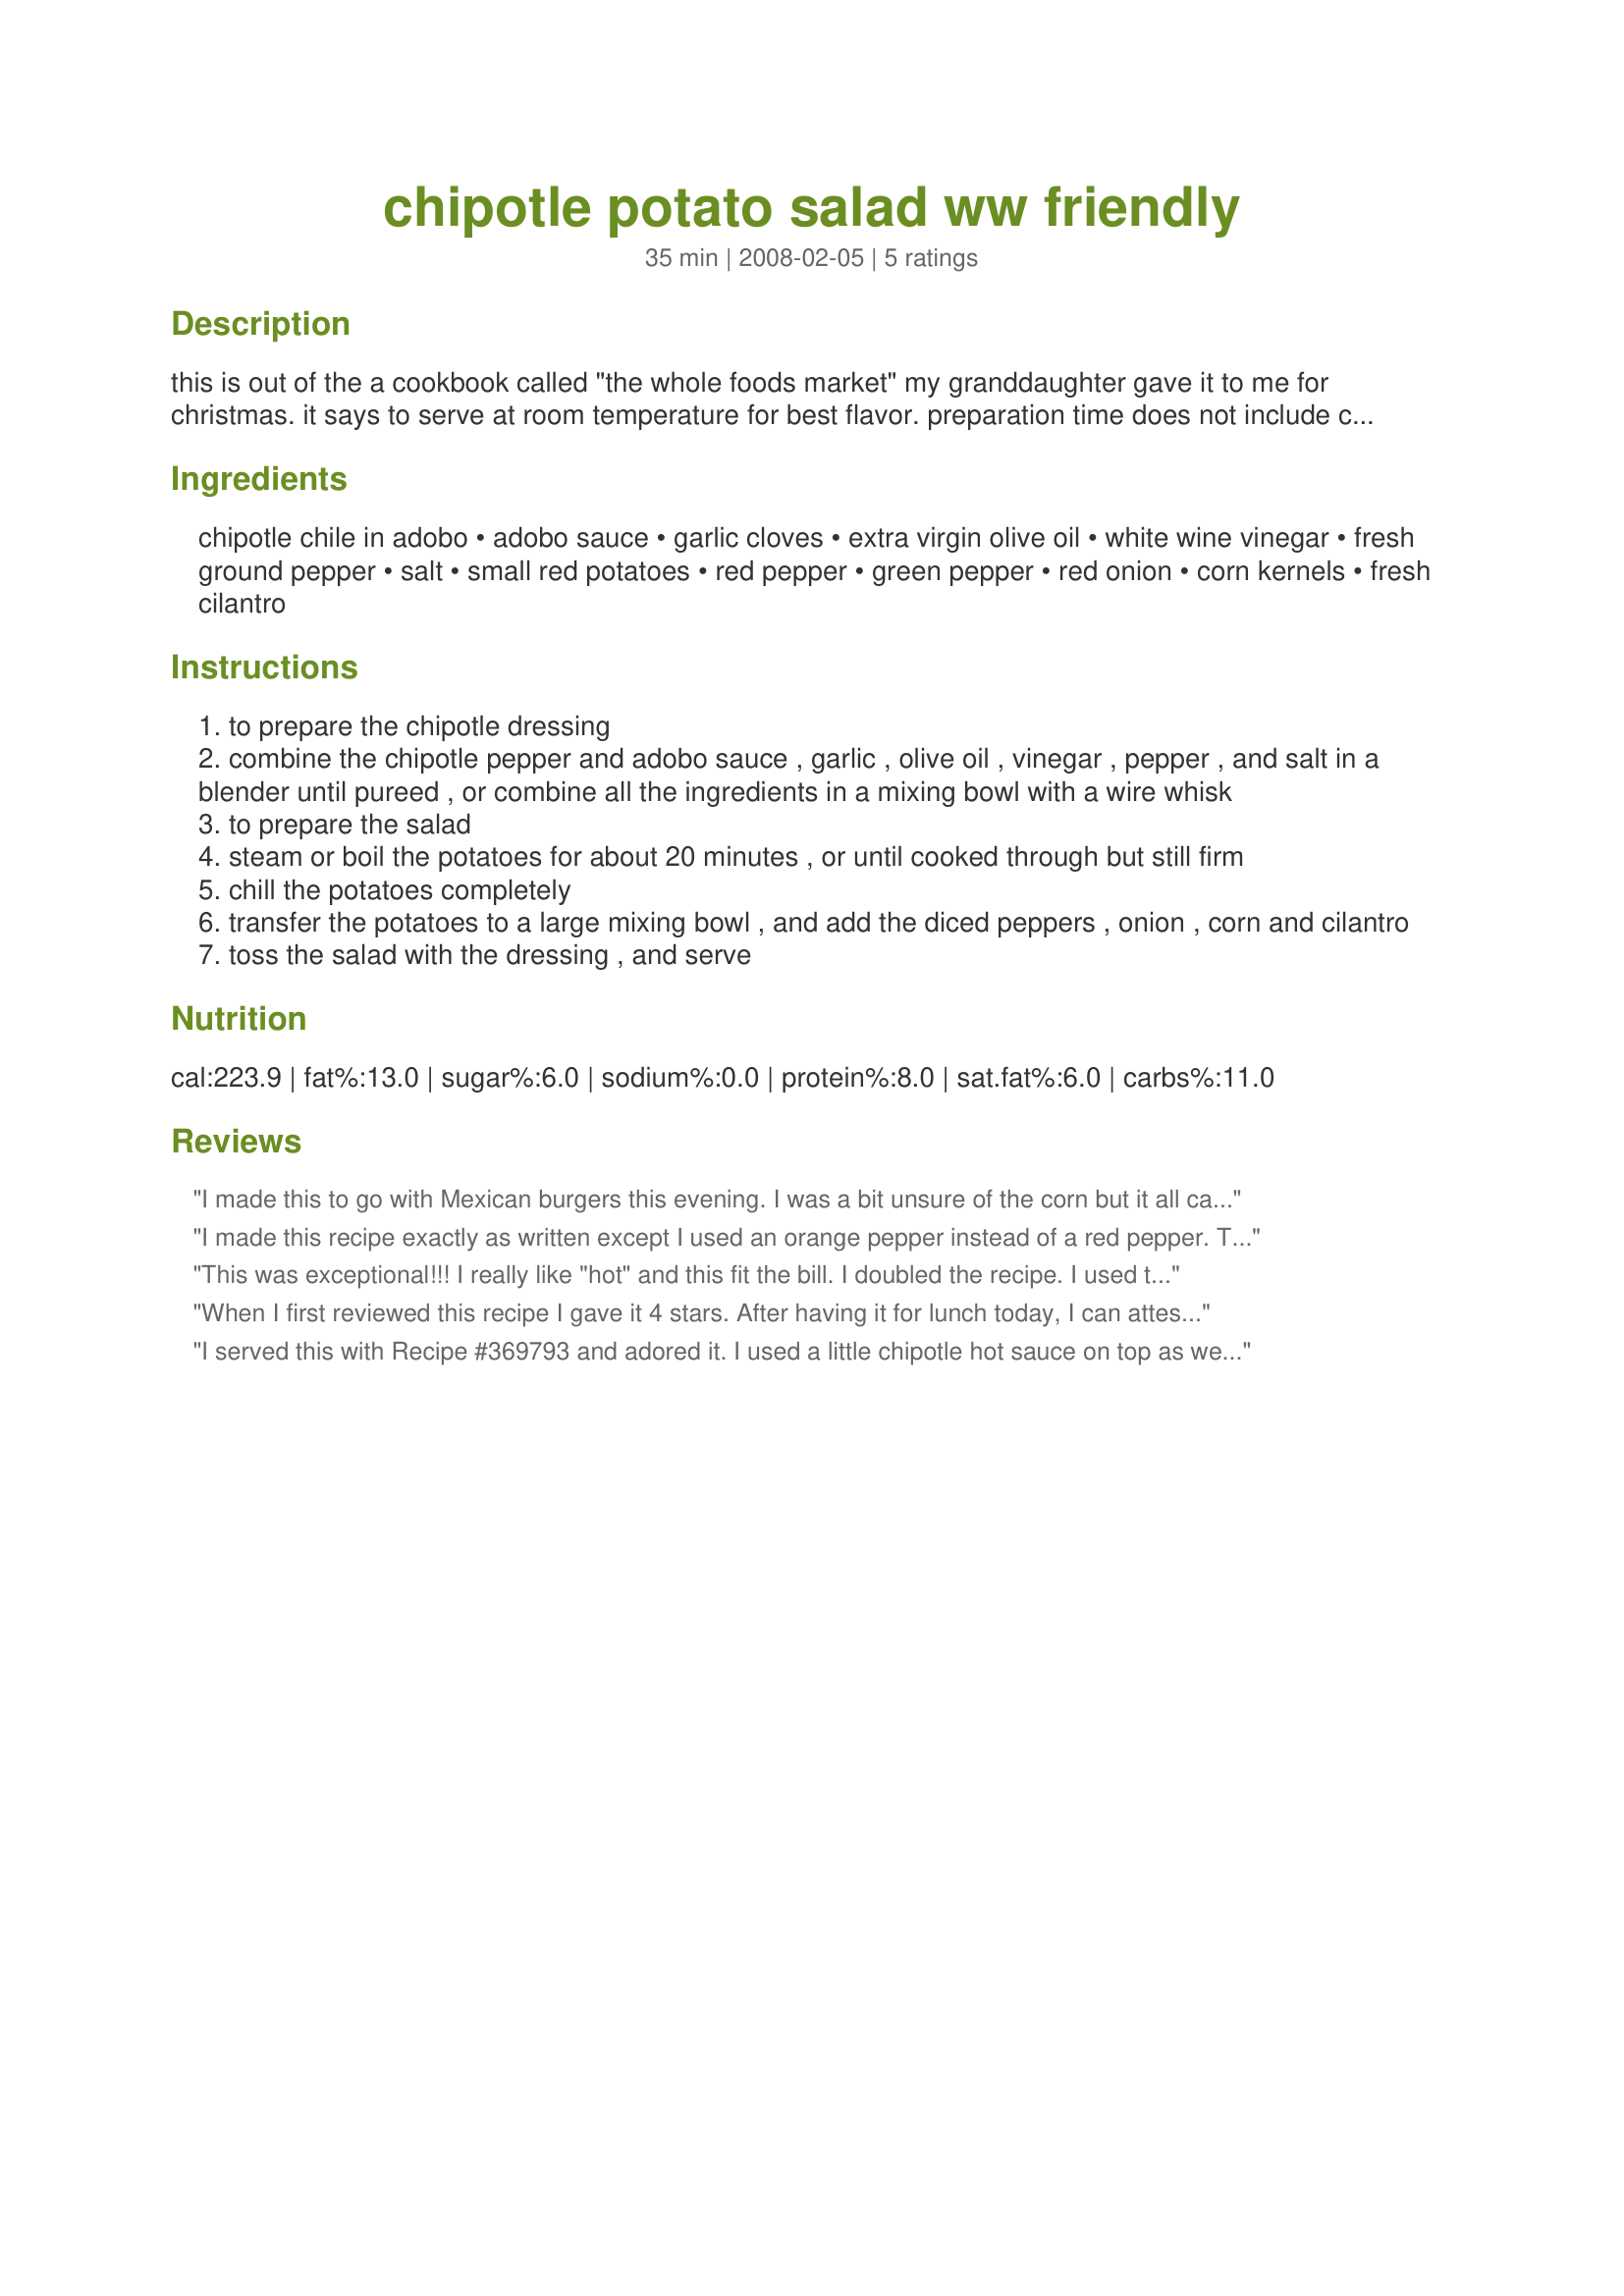
chipotle potato salad ww friendly
Preparation time: 35 minutes

this is out of the a cookbook called "the whole foods market" my granddaughter gave it to me for christmas. it says to serve at room temperature for best flavor. preparation time does not include chill time. this figures out to be 3.5 ww points.

Ingredients:
chipotle chile in adobo, adobo sauce, garlic cloves, extra virgin olive oil, white wine vinegar, fresh ground pepper, salt, small red potatoes, red pepper, green pepper, red onion, corn kernels, fresh cilantro

Steps:
to prepare the chipotle dressing
combine the chipotle pepper and adobo sauce , garlic , olive oil , vinegar , pepper , and salt in a blender until pureed , or combine all the ingredients in a mixing bowl with a wire whisk
to prepare the salad
steam or boil the potatoes for about 20 minutes , or until cooked through but still firm
chill the potatoes completely
transfer the potatoes to a large mixing bowl , and add the diced peppers , onion , corn and cilantro
toss the salad with the dressing , and serve

Reviews:
I made this to go with Mexican burgers this evening. I was a bit unsure of the corn but it all came together with a very good southwestern flavor and the corn texture was a nice addition. Great for outdoor BBQ.
I made this recipe exactly as written except I used an orange pepper instead of a red pepper.

This potato salad did not go over well with our family. I'm not sure why, ordinarily these are ingredients we eat all the time and it sounded quite tasty. The white wine vinegar won out in flavor and really drowned out the chipotle and the olive oil didn't add anything to the flavor just a not so great texture.
Sorry, it seemed to have great potential.
This was exceptional!!! I really like "hot" and this fit the bill.
I doubled the recipe. I used the adobo sauce that was with the chipotles in the can, that's what really gave it an extra kick. I ran low on the white wine vinegar so I used some balsamic too. Thanks TeresaS :)
When I first reviewed this recipe I gave it 4 stars. After having it for lunch today, I can attest that it is divine! I think it needed extra time to get the flavors to meld or otherwise do their thing. It also has a great presentation. Next time I will very thinly slice the red onion using a mandoline. Since it looks and tastes great and is served at room temperature this would make an excellent potluck dish or a dish for a brunch table. Thanks, TeresaS! Made for Zaar Stars tag game.
I served this with Recipe #369793 and adored it. I used a little chipotle hot sauce on top as well :)
